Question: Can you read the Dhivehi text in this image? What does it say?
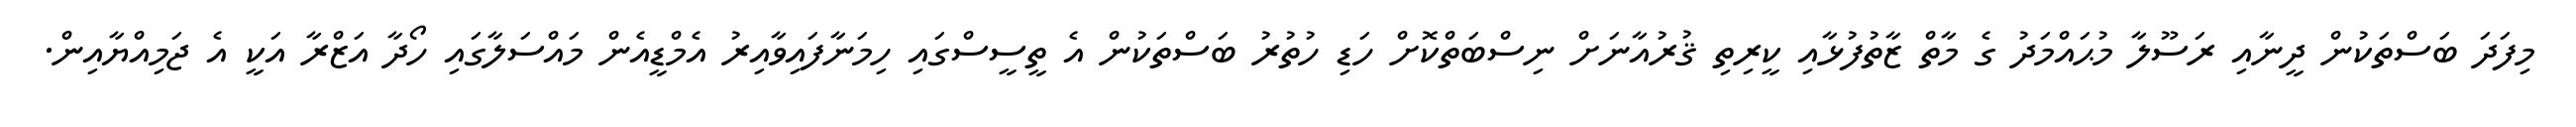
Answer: މިފަދަ ބަސްތަކުން ދީނާއި ރަސޫލާ މުޙައްމަދު ގެ މާތް ޒާތުފުޅާއި ކީރިތި ޤުރުއާނަށް ނިސްބަތްކޮށް ހަޑި ހުތުރު ބަސްތަކުން އެ ތީސީސްގައި ހިމަނާފައިވާއިރު އެމްޑީއެން މައްސަލާގައި ހޯދާ އަޒްރާ އަކީ އެ ޖަމިއްޔާއިން.